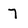
Character: 7